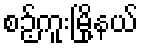
စဉ့်ကူးမြို့နယ်